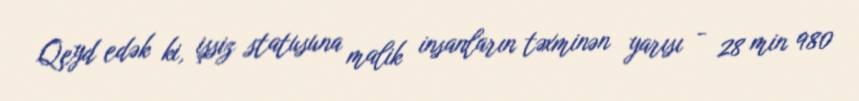
Qeyd edək ki, işsiz statusuna malik insanların təxminən yarısı - 28 min 980